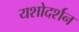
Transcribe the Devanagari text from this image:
यशोदर्शन